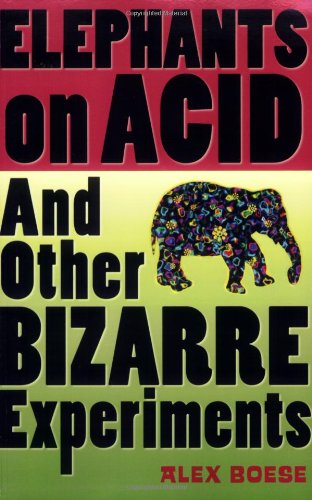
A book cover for Elephants on Acid: And Other Bizarre Experiments (Harvest Original); Alex Boese; Humor & Entertainment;